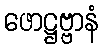
ဖောဋ္ဌဗ္ဗာနံ